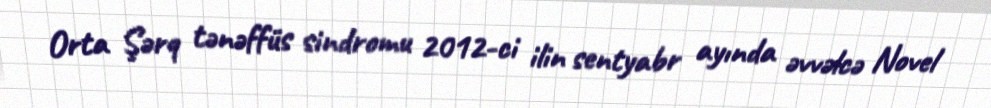
Orta Şərq tənəffüs sindromu 2012-ci ilin sentyabr ayında əvvəlcə Novel